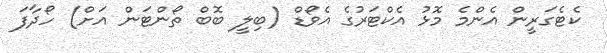
ކެޓެގަރީން އެންމެ މޮޅު އެކްޓަރުގެ އެވޯޑް (ބިލީ ބޮބް ތޯންޓަން އަށް) ހޯދާފަ